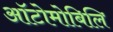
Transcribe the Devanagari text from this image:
ऑटोमोबिलि